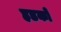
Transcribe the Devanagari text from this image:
हडको